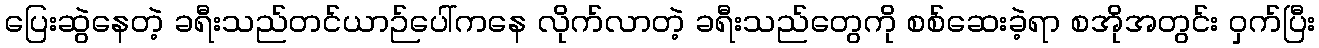
ပြေးဆွဲနေတဲ့ ခရီးသည်တင်ယာဉ်ပေါ်ကနေ လိုက်လာတဲ့ ခရီးသည်တွေကို စစ်ဆေးခဲ့ရာ စအိုအတွင်း ဝှက်ပြီး